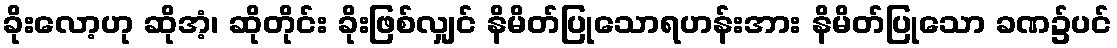
ခိုးလော့ဟု ဆိုအံ့၊ ဆိုတိုင်း ခိုးဖြစ်လျှင် နိမိတ်ပြုသောရဟန်းအား နိမိတ်ပြုသော ခဏ၌ပင်